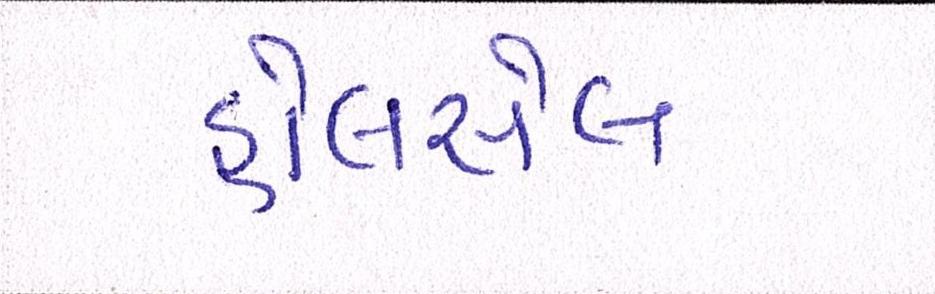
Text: હોલસેલ